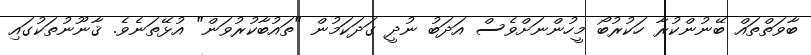
ބާވަތްތައް ބޭނުންކުރާ ހަކުރުބޯ މީހުންނަށްވެސް އަދަބު ނުދީ ގަދަކަމުން "ތައުބާކުރުވަން" އުޅޭތަނެވެ. ޤާނޫނުތަކުގައި